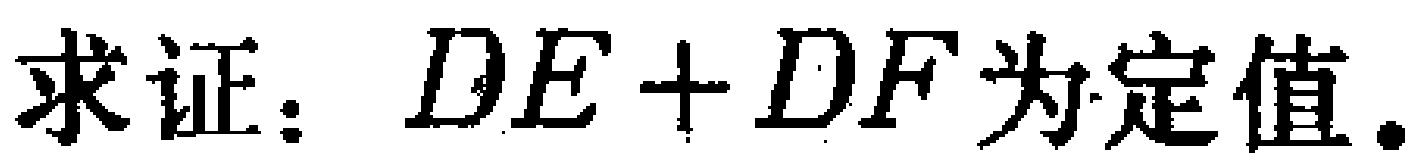
求证：\(DE + DF\)为定值.